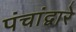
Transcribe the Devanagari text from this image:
पंचांद्वारे